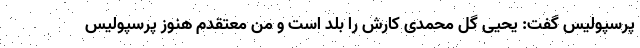
پرسپولیس گفت: یحیی گل محمدی کارش را بلد است و من معتقدم هنوز پرسپولیس